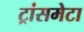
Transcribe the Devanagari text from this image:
ट्रांसमेटा